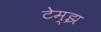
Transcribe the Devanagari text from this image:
टेम्झ